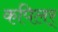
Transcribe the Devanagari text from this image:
कपिलर्